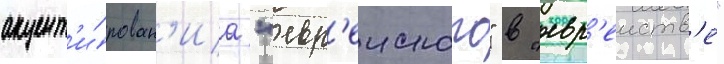
акцент'и́рован'иа "евр'еиского" в "евр'еиств'е"